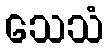
သေသံ